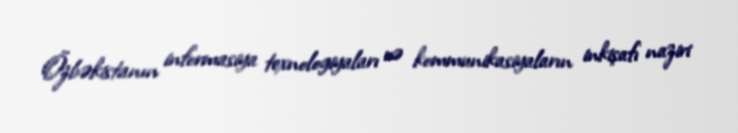
Özbəkistanın informasiya texnologiyaları və kommunikasiyaların inkişafı naziri